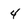
Character: 4